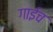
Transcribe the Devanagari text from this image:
गाईच